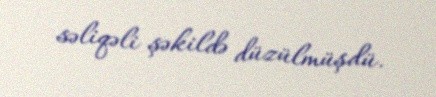
səliqəli şəkildə düzülmüşdü.